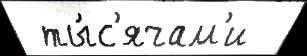
 ты́с'ячам'и